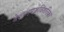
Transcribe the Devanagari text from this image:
बेतालपञ्चविंशतिका